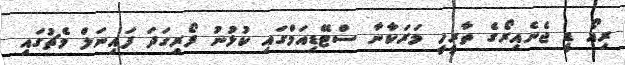
ރިއޯ ޑީ ޖެނެއިރޯގެ ތާރީހީ މަރަކާނާ ސްޓޭޑިއަމްގައި ކުޅުނު ފޯރިގަދަ ފައިނަލް މެޗުގައި